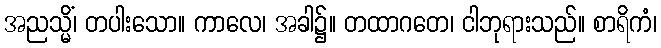
အညသ္မိံ၊ တပါးသော။ ကာလေ၊ အခါ၌။ တထာဂတေ၊ ငါဘုရားသည်။ စာရိကံ၊